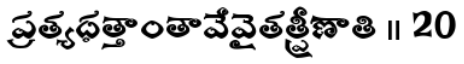
ప్రత్యధత్తాంతావేవైతత్ప్రీణాతి ॥ 20